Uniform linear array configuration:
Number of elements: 16
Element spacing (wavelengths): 0.75
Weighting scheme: uniform
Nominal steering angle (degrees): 30
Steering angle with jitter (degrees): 28.114
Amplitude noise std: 0.05
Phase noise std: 0.05

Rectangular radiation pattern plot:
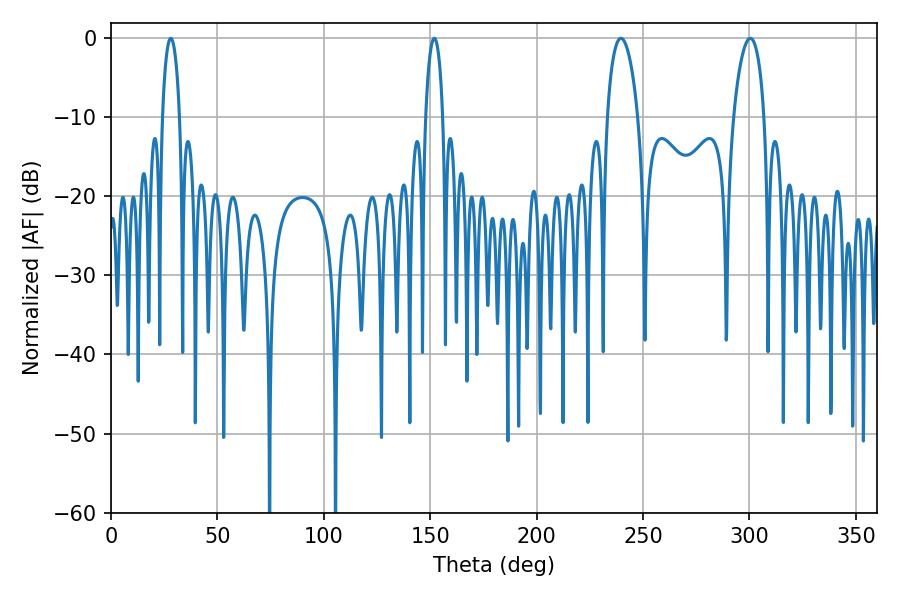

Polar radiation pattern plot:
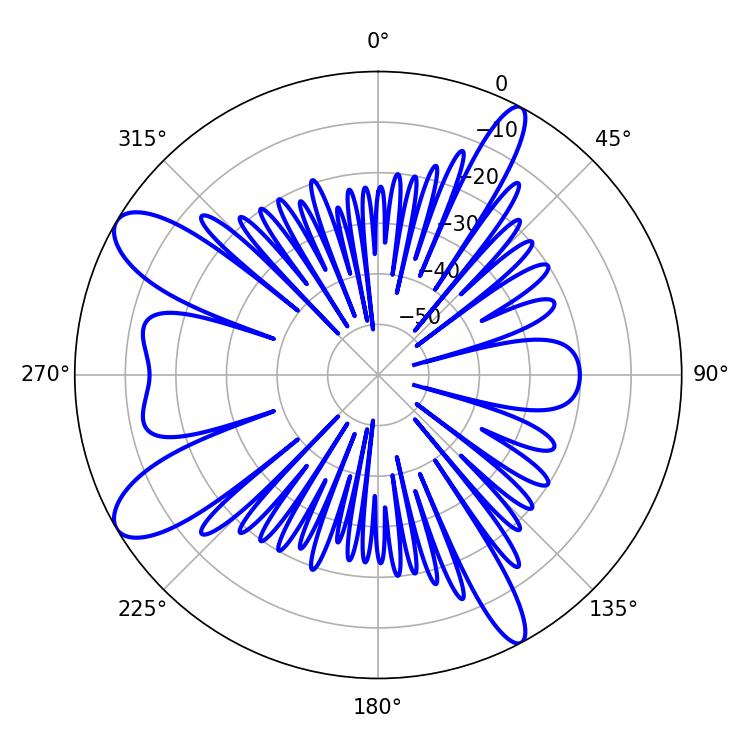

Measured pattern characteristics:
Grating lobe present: TRUE
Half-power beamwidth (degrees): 4.68
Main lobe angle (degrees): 28.08